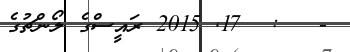
-   :  17